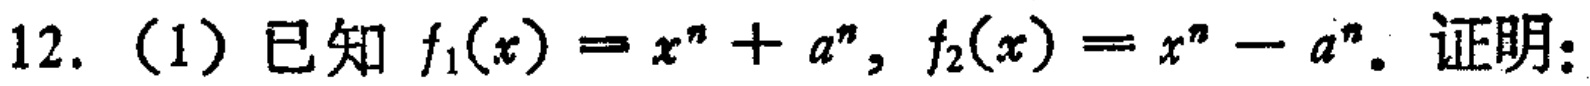
12. (1) 已知 \(f_1(x)=x^n + a^n\), \(f_2(x)=x^n - a^n\). 证明：